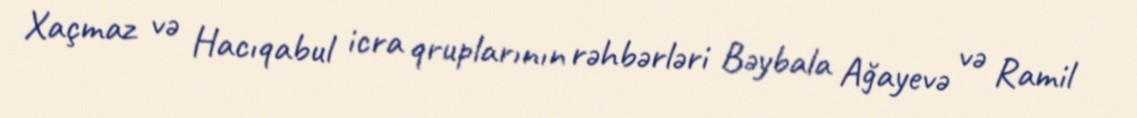
Xaçmaz və Hacıqabul icra qruplarının rəhbərləri Bəybala Ağayevə və Ramil